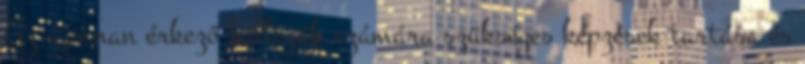
Az újonnan érkező kollégák számára szükséges képzések tartása és